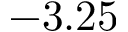
- 3 . 2 5